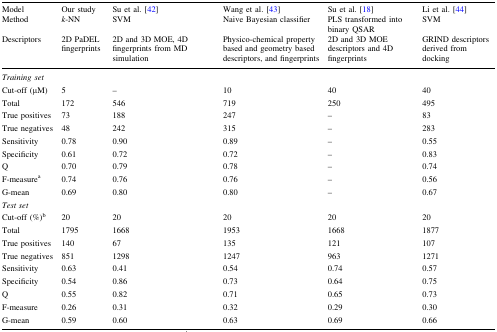
<table><thead><tr><td><b>Model</b></td><td><b>Our study</b></td><td><b>Su et al. [42]</b></td><td><b>Wang et al. [43]</b></td><td><b>Su et al. [18]</b></td><td><b>Li et al. [44]</b></td></tr><tr><td><b>Method</b></td><td><b><i>k</i>-NN</b></td><td><b>SVM</b></td><td><b>Naive Bayesian classifier</b></td><td><b>PLS transformed into binary QSAR</b></td><td><b>SVM</b></td></tr><tr><td><b>Descriptors</b></td><td><b>2D PaDEL fingerprints</b></td><td><b>2D and 3D MOE, 4D fingerprints from MD simulation</b></td><td><b>Physico-chemical property based and geometry based descriptors, and fingerprints</b></td><td><b>2D and 3D MOE descriptors and 4D fingerprints</b></td><td><b>GRIND descriptors derived from docking</b></td></tr></thead><tbody><tr><td colspan="6"><i>Training set</i></td></tr><tr><td>Cut-off (μM)</td><td>5</td><td>–</td><td>10</td><td>40</td><td>40</td></tr><tr><td>Total</td><td>172</td><td>546</td><td>719</td><td>250</td><td>495</td></tr><tr><td>True positives</td><td>73</td><td>188</td><td>247</td><td>–</td><td>83</td></tr><tr><td>True negatives</td><td>48</td><td>242</td><td>315</td><td>–</td><td>283</td></tr><tr><td>Sensitivity</td><td>0.78</td><td>0.90</td><td>0.89</td><td>–</td><td>0.55</td></tr><tr><td>Specificity</td><td>0.61</td><td>0.72</td><td>0.72</td><td>–</td><td>0.83</td></tr><tr><td>Q</td><td>0.70</td><td>0.79</td><td>0.78</td><td>–</td><td>0.74</td></tr><tr><td>F-measure<sup>a</sup></td><td>0.74</td><td>0.76</td><td>0.76</td><td>–</td><td>0.56</td></tr><tr><td>G-mean</td><td>0.69</td><td>0.80</td><td>0.80</td><td>–</td><td>0.67</td></tr><tr><td colspan="6"><i>Test set</i></td></tr><tr><td>Cut-off (%)<sup>b</sup></td><td>20</td><td>20</td><td>20</td><td>20</td><td>20</td></tr><tr><td>Total</td><td>1795</td><td>1668</td><td>1953</td><td>1668</td><td>1877</td></tr><tr><td>True positives</td><td>140</td><td>67</td><td>135</td><td>121</td><td>107</td></tr><tr><td>True negatives</td><td>851</td><td>1298</td><td>1247</td><td>963</td><td>1271</td></tr><tr><td>Sensitivity</td><td>0.63</td><td>0.41</td><td>0.54</td><td>0.74</td><td>0.57</td></tr><tr><td>Specificity</td><td>0.54</td><td>0.86</td><td>0.73</td><td>0.64</td><td>0.75</td></tr><tr><td>Q</td><td>0.55</td><td>0.82</td><td>0.71</td><td>0.65</td><td>0.73</td></tr><tr><td>F-measure</td><td>0.26</td><td>0.31</td><td>0.32</td><td>0.29</td><td>0.30</td></tr><tr><td>G-mean</td><td>0.59</td><td>0.60</td><td>0.63</td><td>0.69</td><td>0.66</td></tr></tbody></table>